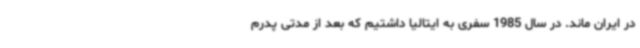
در ایران ماند. در سال 1985 سفری به ایتالیا داشتیم که بعد از مدتی پدرم